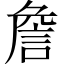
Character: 詹